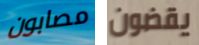
مصابون يقضون